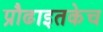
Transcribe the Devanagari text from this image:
प्रौढाइतकेच